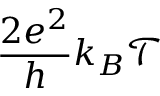
\frac { 2 e ^ { 2 } } { h } k _ { B } \mathcal { T }